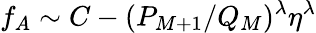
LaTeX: f_{A}\sim C-(P_{M+1}/Q_{M})^{\lambda}\eta^{\lambda}